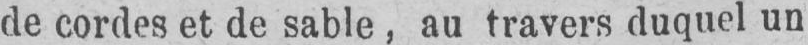
de cordes et de sable, au travers duquel un